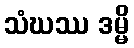
သံဃဿ ဒမ္မိ